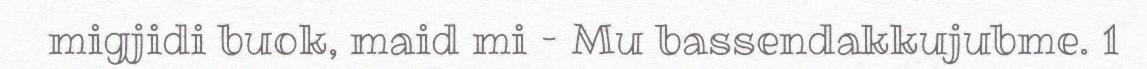
migjidi buok, maid mi – Mu bassendakkujubme. 1